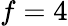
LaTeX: f=4